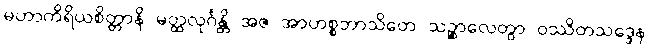
မဟာကိရိယစိတ္တာနိ မတ္ထလုင်္ဂန္တိ အဇ အာဟစ္စဘာသိတေ သဉ္စာလေတွာ ဝဿိတသဒ္ဒေန